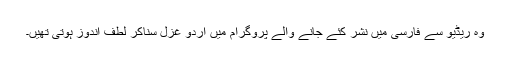
وہ ریڈیو سے فارسی میں نشر کئے جانے والے پروگرام میں اردو غزل سناکر لطف اندوز ہوتی تھیں۔